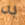
به